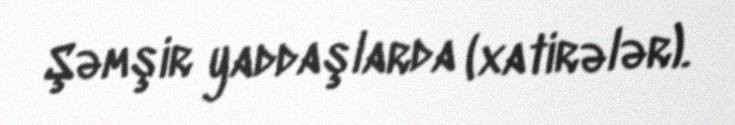
Şəmşir yaddaşlarda (xatirələr).